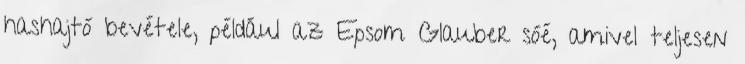
hashajtó bevétele, például az Epsom Glauber sóé, amivel teljesen